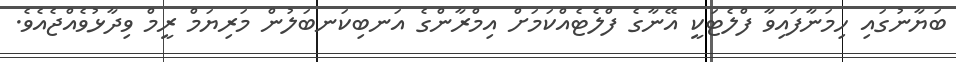
ބަޔާނުގައި ހިމަނާފައިވާ ފްލެޓަކީ އޭނާގެ ފްލެޓެއްކަމަށް އިމްރާންގެ އަނބިކަނބަލުން މަރިޔަމް ރީމް ވިދާޅުވެއްޖެއެވެ.